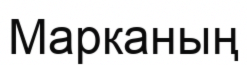
Марканың